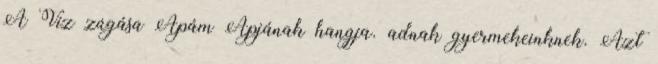
A Víz zúgása Apám Apjának hangja. adnak gyermekeinknek. Azt